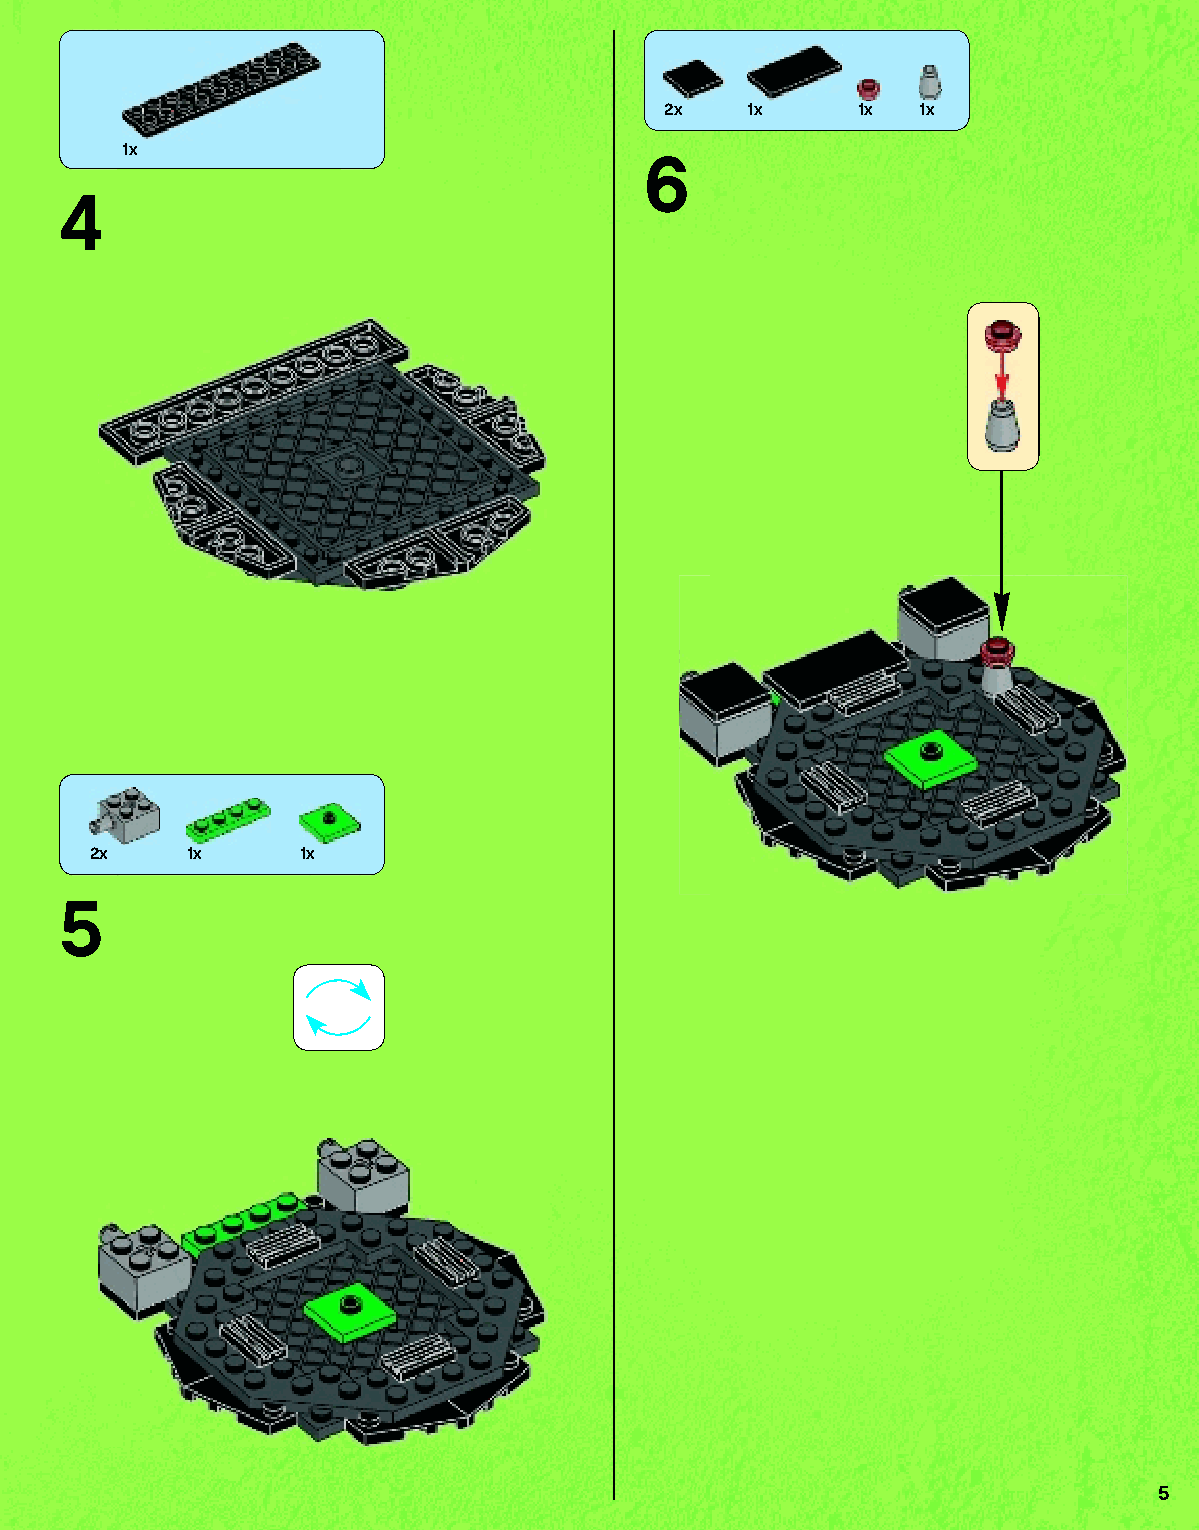
2x    1x     1x  1x
 1x
 6
 4
 2x    1x      1x
 5
 5
 79117_Book1.indd 5                                                01/11/2013 4:31 PM